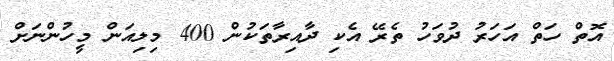
އޮތް ހަތް އަހަރު ދުވަހު ތެރޭ އެކި ދާއިރާތަކުން 400 މިލިއަން މީހުންނަށް